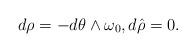
LaTeX: \begin{align*}d \rho = -d\theta \wedge \omega_0, d \hat{\rho} =0.\end{align*}